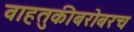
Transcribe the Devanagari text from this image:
वाहतुकीबरोबरच